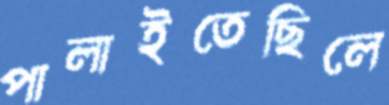
পালাইতেছিলে